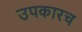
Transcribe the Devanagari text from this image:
उपकारच